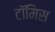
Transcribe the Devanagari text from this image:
टॉमिस